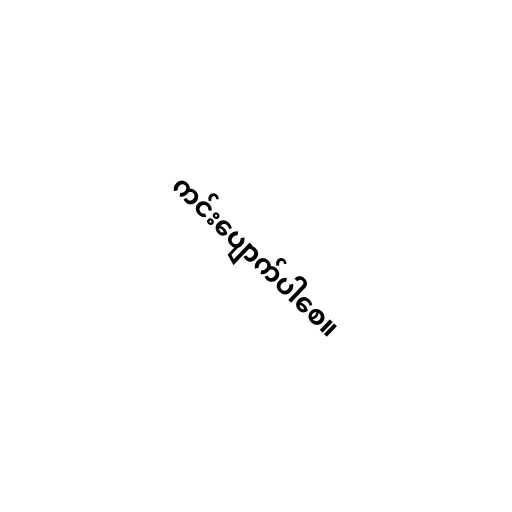
ကင်းပျောက်ပါစေ။